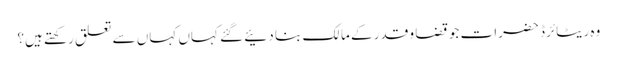
وہ ریٹائرڈ حضرات جو قضا و قدر کے مالک بنا دئیے گئے کہاں کہاں سے تعلق رکھتے ہیں؟